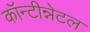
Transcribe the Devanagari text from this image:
कॉन्टीन्नेटल